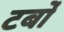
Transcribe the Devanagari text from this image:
टर्बों